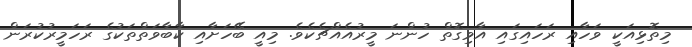
މިތޮޅިއަކީ ވަހާއި ރަހައިގައި އާވިގޮތް ހުންނަ މީރުއެއްޗެކެވެ. މިއީ ބޭހަށާއި ކާބާވަތްތަކުގެ ރަހަމީރުކުރަން